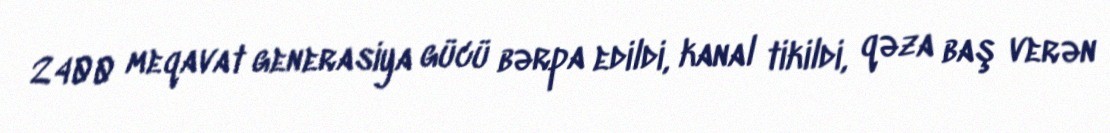
2400 meqavat generasiya gücü bərpa edildi, kanal tikildi, qəza baş verən